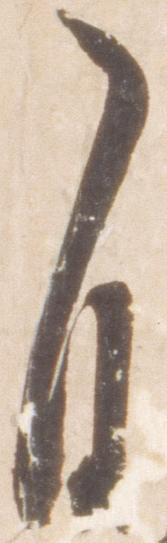
自